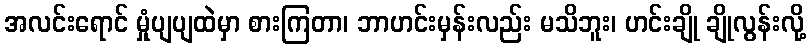
အလင်းရောင် မှုံပျပျထဲမှာ စားကြတာ၊ ဘာဟင်းမှန်းလည်း မသိဘူး၊ ဟင်းချို ချိုလွန်းလို့